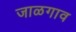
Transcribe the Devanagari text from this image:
जाळगाव